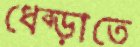
ধেব্‌ড়াতে